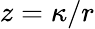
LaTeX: z=\kappa/r